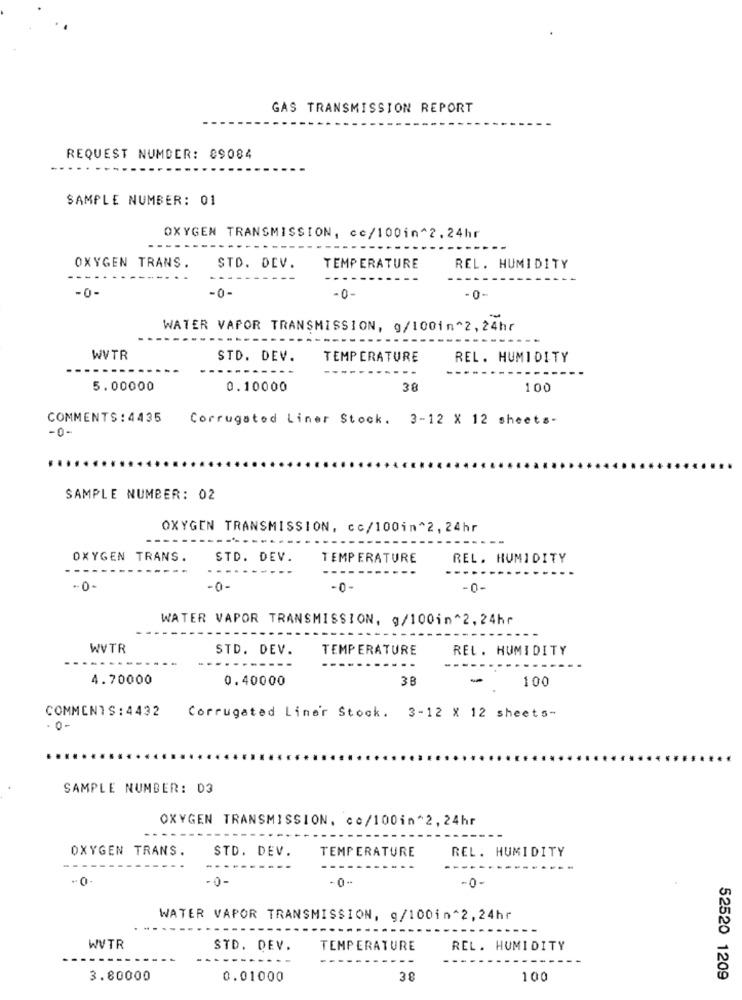
GAS TRANSMISSION REPORT
REQUEST NUMBER: 89084
SAMPLE NUMBER: 01
OXYGEN TRANSMISSION, cc/100in^2,24hr
OXYGEN TRANS.
STD. DEV.
TEMPERATURE
REL. HUMIDITY
-0-
-0-
-0
- 0-
-
WATER VAPOR TRANSMISSION, g/100in^2, 24hr
WVTR
STD. DEV.
TEMPERATURE
REL. HUMIDITY
5.00000
0.10000
38
100
COMMENTS:4435
Corrugated Liner Stock. 3-12 X 12 sheets-
-0-
SAMPLE NUMBER: 02
OXYGEN TRANSMISSION, cc/100in^2, 24hr
OXYGEN TRANS.
STD. DEV.
TEMPERATURE
REL. HUMIDITY
-0-
-0-
-0-
-0-
WATER VAPOR TRANSMISSION, g/100in^2,24hr
WVTR
STD. DEV.
TEMPERATURE
REL. HUMIDITY
4.70000
0.40000
3B
-
100
COMMENTS : 4432
Corrugated Liner Stock. 3-12 X 12 sheets-
0-
SAMPLE NUMBER: 03
OXYGEN TRANSMISSION, co/100in^2, 24hr
OXYGEN TRANS.
STD. DEV.
TEMPERATURE
REL. HUMIDITY
--
--
·0-
-0-
-0-
WATER VAPOR TRANSMISSION, g/100in^2,24hr
WVTR
STD. DEV.
TEMPERATURE
REL. HUMIDITY
3.80000
0.01000
38
100
52520 1209